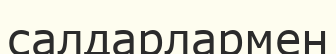
салдарлармен